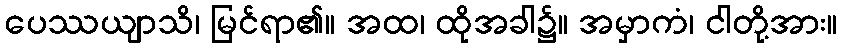
ပေဿယျာသိ၊ မြင်ရာ၏။ အထ၊ ထိုအခါ၌။ အမှာကံ၊ ငါတို့အား။